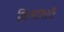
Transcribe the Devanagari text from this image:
किश्टवारी